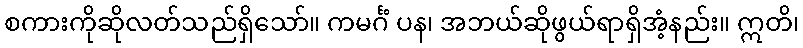
စကားကိုဆိုလတ်သည်ရှိသော်။ ကမင်္ဂံ ပန၊ အဘယ်ဆိုဖွယ်ရာရှိအံ့နည်း။ ဣတိ၊